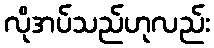
လိုအပ်သည်ဟုလည်း